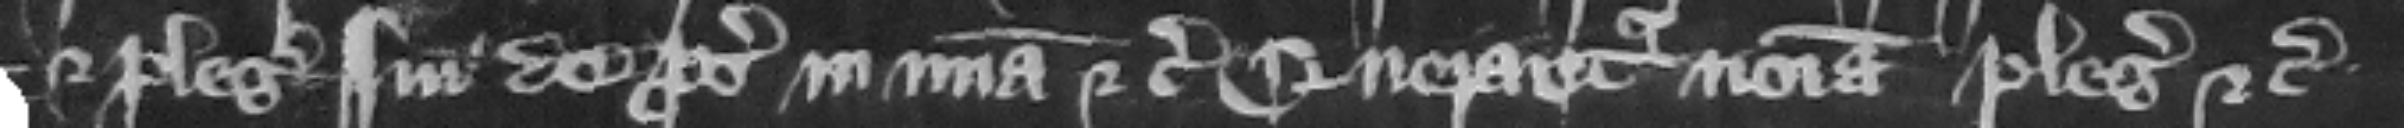
et plegii sui de prosequendo in misericordia etc. Querantur nomina plegiorum etc.